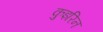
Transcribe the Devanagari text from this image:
कुइरिन